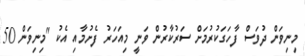
މިނިވަން ދުވަސް ފާހަގަކުރުމަށް ސަރުކާރުން ވަނީ މިއަހަރު ފެށުމާއި އެކު "މިނިވަން 50